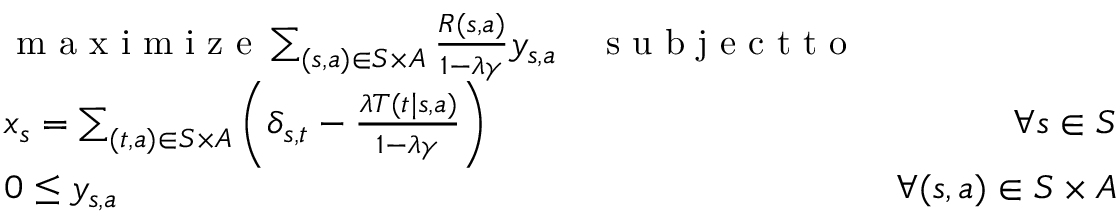
\begin{array} { r l r } & { \textnormal { m a x i m i z e } \sum _ { ( s , a ) \in S \times A } \frac { R ( s , a ) } { 1 - \lambda \gamma } y _ { s , a } \quad \textnormal { s u b j e c t t o } } \\ & { x _ { s } = \sum _ { ( t , a ) \in S \times A } \left( \delta _ { s , t } - \frac { \lambda T ( t \mid s , a ) } { 1 - \lambda \gamma } \right) } & { \forall s \in S } \\ & { 0 \leq y _ { s , a } } & { \forall ( s , a ) \in S \times A } \end{array}